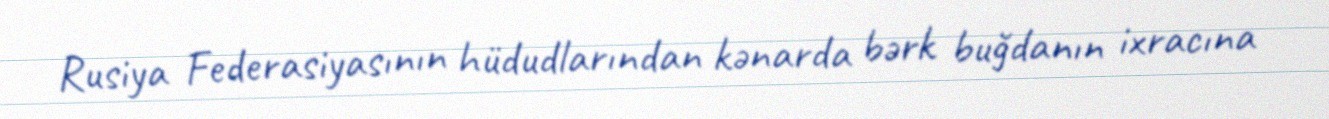
Rusiya Federasiyasının hüdudlarından kənarda bərk buğdanın ixracına